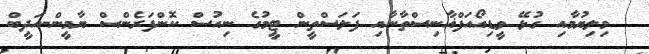
މިލިޔުމާއި ގުޅޭ ވީޑިއޯއަފްޣާނިސްތާނާއި ފަލަސްތީން ޓީމުގެ ނިިއުސް ކޮންފަރެންސް ޔާމީން-އަދީބް